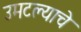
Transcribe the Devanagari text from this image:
उमटल्याचे